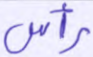
رأس